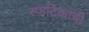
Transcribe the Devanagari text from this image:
स्फटिकाची